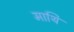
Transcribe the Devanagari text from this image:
माथि